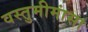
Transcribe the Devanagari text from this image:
वस्तुमीमांसा